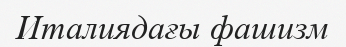
Италиядағы фашизм